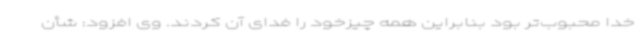
خدا محبوب‌تر بود بنابراین همه چیزخود را فدای آن کردند. وی افزود: شأن